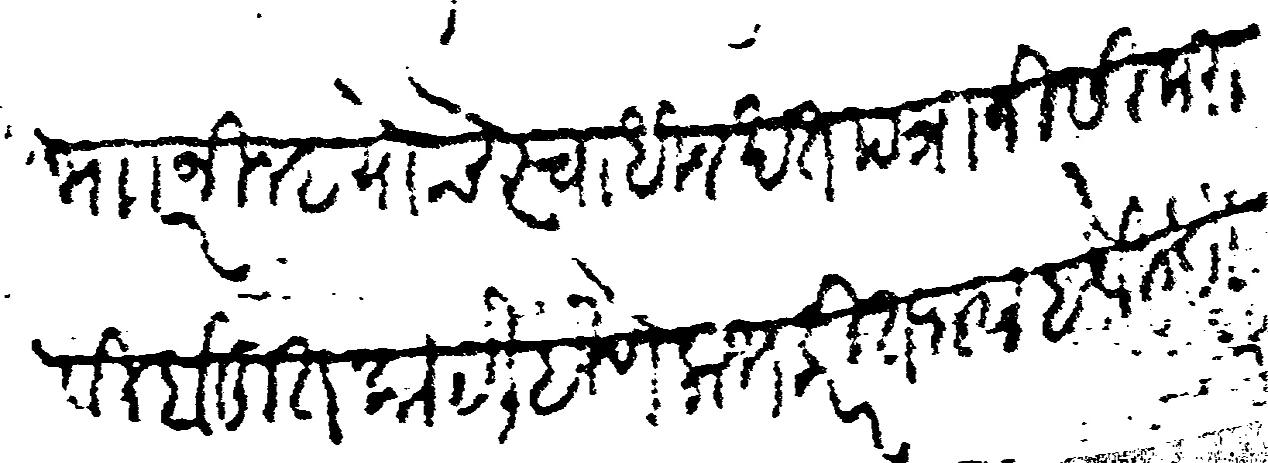
Transliteration (Devanagari): म र निल्हे याचे स्वाधीन खत पत्रानिसी करावी बहुत काय लिहिणे लोभ करीत जावा हे विनंती